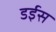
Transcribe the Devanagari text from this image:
डईस